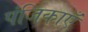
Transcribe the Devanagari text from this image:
पंजिकाएँ